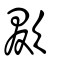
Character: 欼